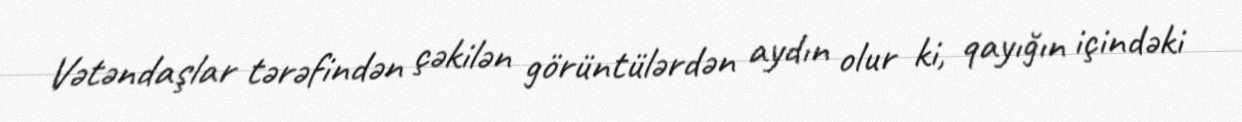
Vətəndaşlar tərəfindən çəkilən görüntülərdən aydın olur ki, qayığın içindəki